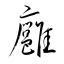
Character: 廱